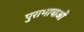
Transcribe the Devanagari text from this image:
पुराभाषाओं